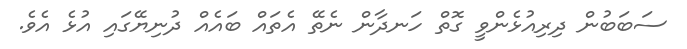
ސަބަބުން ދިރިއުޅެންވީ ގޮތް ހަނދާން ނެތޭ އެތައް ބައެއް ދުނިޔޭގައި އުޅެ އެވެ.